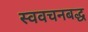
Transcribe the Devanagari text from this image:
स्ववचनबद्ध